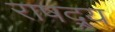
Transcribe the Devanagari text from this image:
राषद्र्य